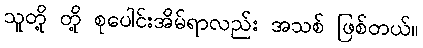
သူတို့ တို့ စုပေါင်းအိမ်ရာလည်း အသစ် ဖြစ်တယ်။